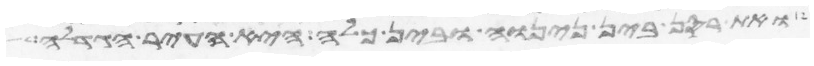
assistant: ואת רסן בין נינוה ובין כלח היא העיר הגדלה